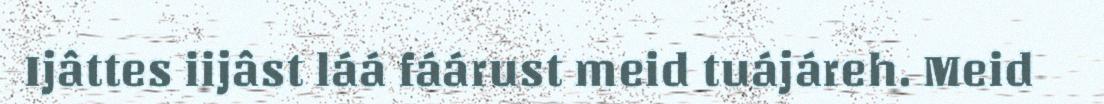
Ijâttes iijâst láá fáárust meid tuájáreh. Meid